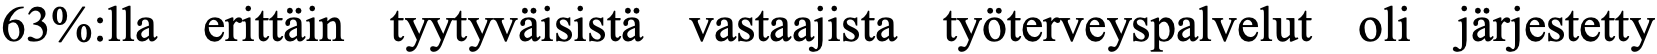
63%:lla erittäin tyytyväisistä vastaajista työterveyspalvelut oli järjestetty